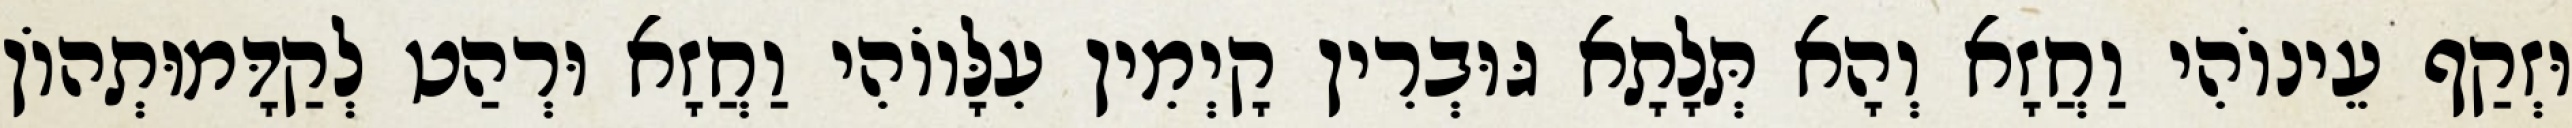
וּזְקַף עֵינוֹהִי וַחֲזָא וְהָא תְּלָתָא גּוּבְרִין קָיְמִין עִלָּווֹהִי וַחֲזָא וּרְהַט לְקַדָּמוּתְהוֹן